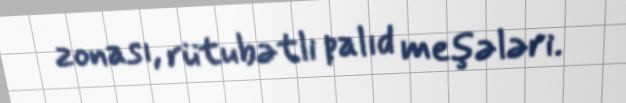
zonası, rütubətli palıd meşələri.